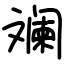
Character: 斓